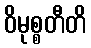
ဝိမုစ္စတီတိ